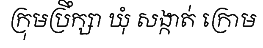
ក្រុមប្រឹក្សា ឃុំ សង្កាត់ ក្រោម